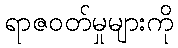
ရာဇဝတ်မှုများကို